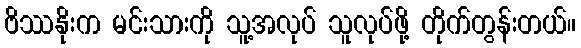
ဗိဿနိုးက မင်းသားကို သူ့အလုပ် သူလုပ်ဖို့ တိုက်တွန်းတယ်။